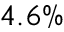
4 . 6 \%